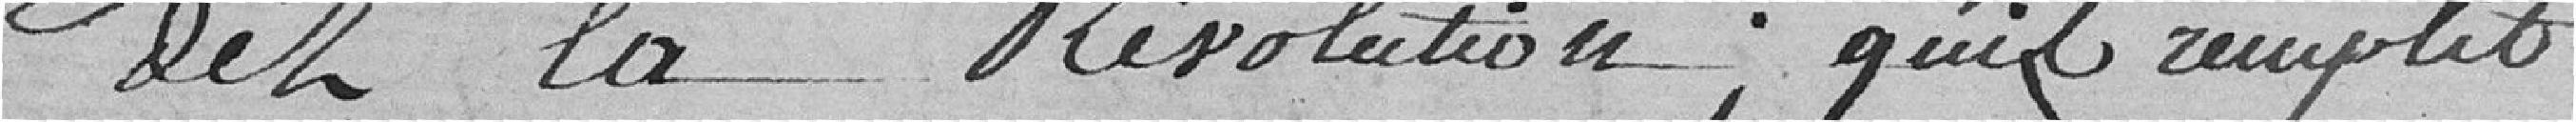
dès la révolution; qu'il remplit